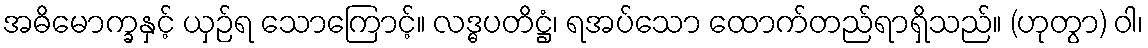
အဓိမောက္ခနှင့် ယှဉ်ရ သောကြောင့်။ လဒ္ဓပတိဋ္ဌံ၊ ရအပ်သော ထောက်တည်ရာရှိသည်။ (ဟုတွာ) ဝါ၊